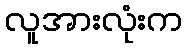
လူအားလုံးက